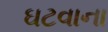
ઘટવાના